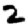
Digit: 2